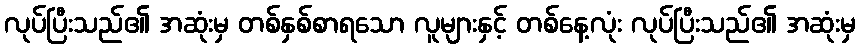
လုပ်ပြီးသည်၏ အဆုံးမှ တစ်နှစ်စာရသော လူများနှင့် တစ်နေ့လုံး လုပ်ပြီးသည်၏ အဆုံးမှ